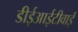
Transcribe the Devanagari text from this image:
डीईआईटीवाई